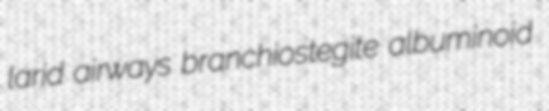
larid airways branchiostegite albuminoid